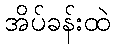
အိပ်ခန်းထဲ